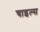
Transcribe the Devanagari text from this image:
चाइल्स